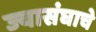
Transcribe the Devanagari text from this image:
ज्यासंघाचे